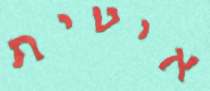
איטית